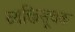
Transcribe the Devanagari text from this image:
व्यक्तिसूचक